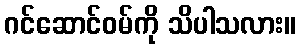
ဂင်ဆောင်ဝမ်ကို သိပါသလား။